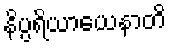
နိပ္ပရိယာယေနာတိ